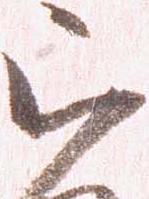
被